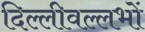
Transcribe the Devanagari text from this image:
दिल्लीवल्लभों